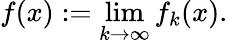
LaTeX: f(x):=\operatorname*{lim}_{k\to\infty}f_{k}(x).